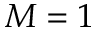
M = 1